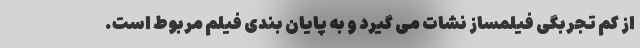
از کم تجربگی فیلمساز نشات می گیرد و به پایان بندی فیلم مربوط است.